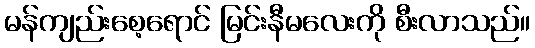
မန်ကျည်းစေ့ရောင် မြင်းနီမလေးကို စီးလာသည်။